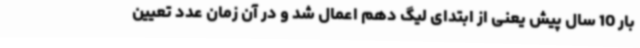
بار 10 سال پیش یعنی از ابتدای لیگ دهم اعمال شد و در آن زمان عدد تعیین‌